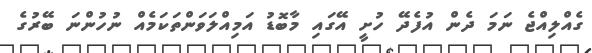
ގެއްލިއްޖެ ނަމަ ދެން އުފެދޭ ހުށީ އޭގައި މާބޮޑު އަމިއްލަވަންތަކަމެއް ނުހުންނަ ބޭރުގެ